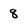
Character: 8